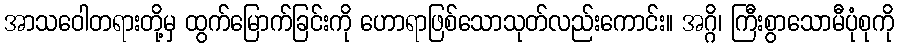
အာသဝေါတရားတို့မှ ထွက်မြောက်ခြင်းကို ဟောရာဖြစ်သောသုတ်လည်းကောင်း။ အဂ္ဂိ၊ ကြီးစွာသောမီပုံစုကို